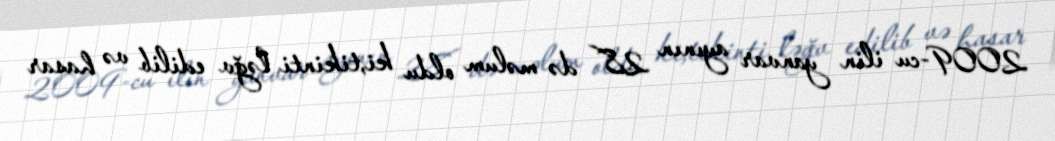
2009-cu ilin yanvar ayının 28 də məlum oldu ki,tikinti ləğv edilib və hasar